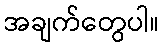
အချက်တွေပါ။